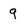
Character: g